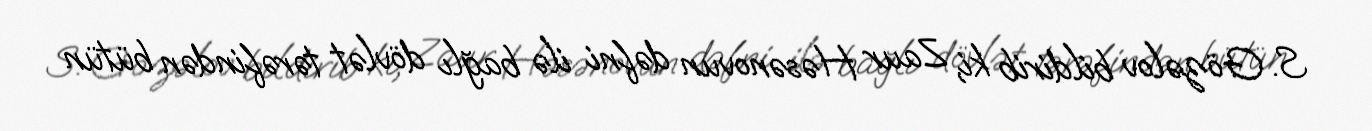
S. Gözəlov bildirib ki, Zaur Həsənovun dəfni ilə bağlı dövlət tərəfindən bütün